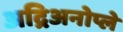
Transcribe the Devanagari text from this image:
अद्रिअनोप्ले